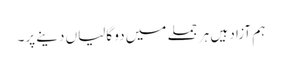
ہم آزاد ہیں ہر جملے میں دو گالیاں دینے پر۔